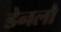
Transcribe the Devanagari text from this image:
डेनलौ